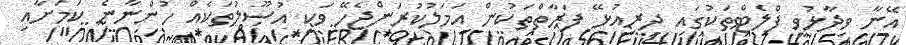
އޭނާ ވިދާޅުވީ ފްލެޓްތަކުގައި ދިރިއުޅޭ ފަރާތްތަކުން އަމަލުކުރަންޖެހޭ ވަކި އުސޫލުތަކެއް ހުންނާނެ ކަމަށާއި